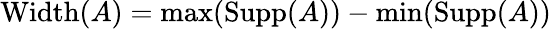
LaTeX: \operatorname{Width}(A)=\operatorname*{max}(\operatorname{Supp}(A))-\operatorname*{min}(\operatorname{Supp}(A))